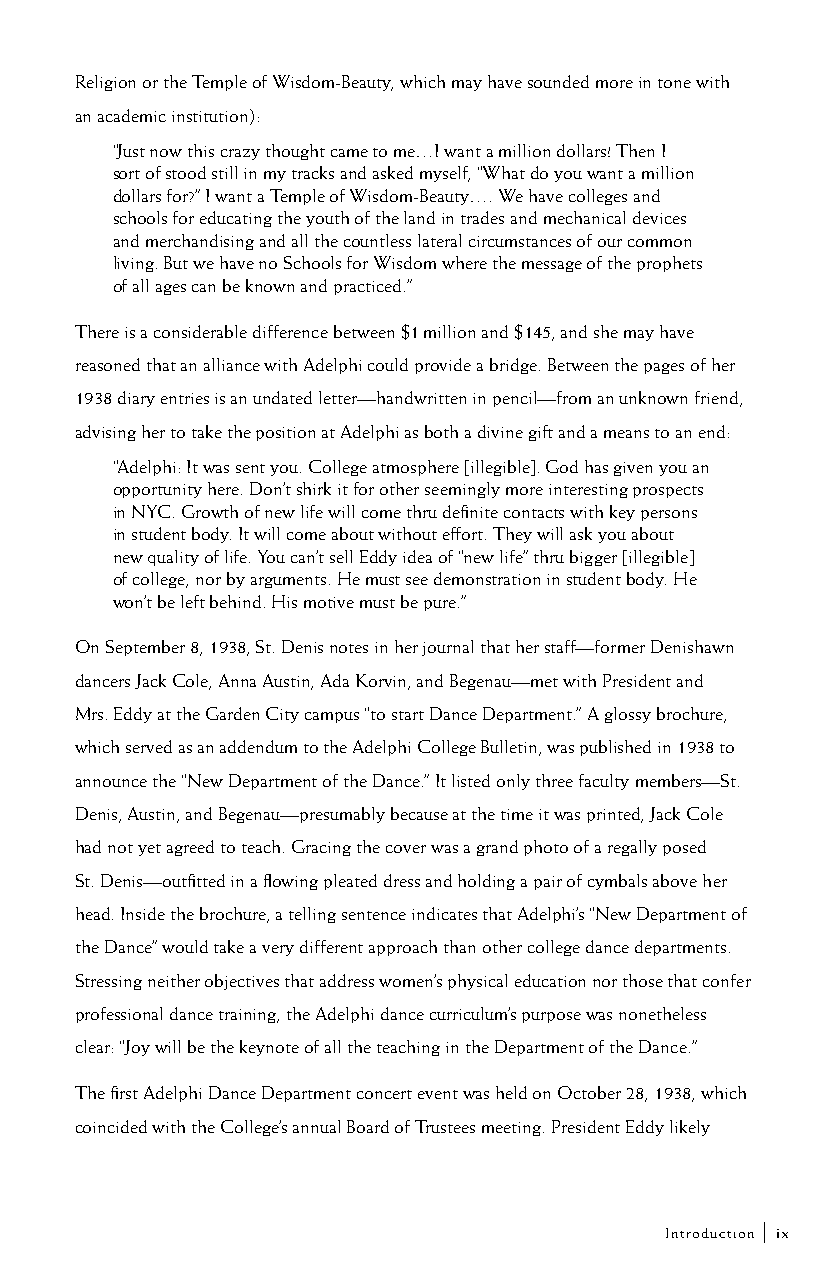
Religion or the Temple of Wisdom-Beauty, which may have sounded more in tone with
 an academic institution):
 “Just now this crazy thought came to me…I want a million dollars! Then I
 sort of stood still in my tracks and asked myself, “What do you want a million
 dollars for?” I want a Temple of Wisdom-Beauty…. We have colleges and
 schools for educating the youth of the land in trades and mechanical devices
 and merchandising and all the countless lateral circumstances of our common
 living. But we have no Schools for Wisdom where the message of the prophets
 of all ages can be known and practiced.”
 There is a considerable difference between $1 million and $145, and she may have
 reasoned that an alliance with Adelphi could provide a bridge. Between the pages of her
 1938 diary entries is an undated letter—handwritten in pencil—from an unknown friend,
 advising her to take the position at Adelphi as both a divine gift and a means to an end:
 “Adelphi: It was sent you. College atmosphere [illegible]. God has given you an
 opportunity here. Don’t shirk it for other seemingly more interesting prospects
 in NYC. Growth of new life will come thru definite contacts with key persons
 in student body. It will come about without effort. They will ask you about
 new quality of life. You can’t sell Eddy idea of “new life” thru bigger [illegible]
 of college, nor by arguments. He must see demonstration in student body. He
 won’t be left behind. His motive must be pure.”
 On September 8, 1938, St. Denis notes in her journal that her staff—former Denishawn
 dancers Jack Cole, Anna Austin, Ada Korvin, and Begenau—met with President and
 Mrs. Eddy at the Garden City campus “to start Dance Department.” A glossy brochure,
 which served as an addendum to the Adelphi College Bulletin, was published in 1938 to
 announce the “New Department of the Dance.” It listed only three faculty members—St.
 Denis, Austin, and Begenau—presumably because at the time it was printed, Jack Cole
 had not yet agreed to teach. Gracing the cover was a grand photo of a regally posed
 St. Denis—outfitted in a flowing pleated dress and holding a pair of cymbals above her
 head. Inside the brochure, a telling sentence indicates that Adelphi’s “New Department of
 the Dance” would take a very different approach than other college dance departments.
 Stressing neither objectives that address women’s physical education nor those that confer
 professional dance training, the Adelphi dance curriculum’s purpose was nonetheless
 clear: “Joy will be the keynote of all the teaching in the Department of the Dance.”
 The first Adelphi Dance Department concert event was held on October 28, 1938, which
 coincided with the College’s annual Board of Trustees meeting. President Eddy likely
 Introduction | ix